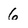
Character: 6